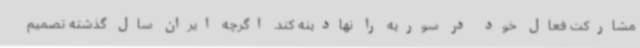
مشارکت فعال خود در سوریه را نهادینه کند. اگرچه ایران سال گذشته تصمیم